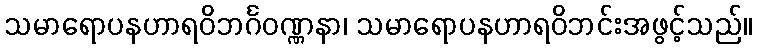
သမာရောပနဟာရဝိဘင်္ဂဝဏ္ဏနာ၊ သမာရောပနဟာရဝိဘင်းအဖွင့်သည်။